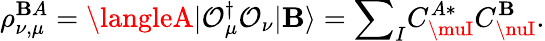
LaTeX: \rho_{\nu,\mu}^{\mathbf{B}A}=\langleA|\mathcal{{O}}_{\mu}^{\dagger}\mathcal{{O}}_{\nu}|\mathbf{B}\rangle={\sum}_{I}C_{\muI}^{A\ast}C_{\nuI}^{\mathbf{B}}.